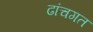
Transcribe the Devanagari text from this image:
ढांचगत